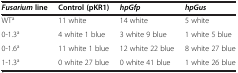
| Fusariumline | Control (pKR1) | hpGfp | hpGus |
 | --- | --- | --- | --- |
 | WTa | 11 white | 14 white | 5 white |
 | 0-1.3a | 4 white 1 blue | 3 white 9 blue | 1 white 5 blue |
 | 0-1.6a | 11 white 1 blue | 12 white 22 blue | 8 white 27 blue |
 | 1-1.3a | 0 white 27 blue | 0 white 41 blue | 1 white 26 blue |